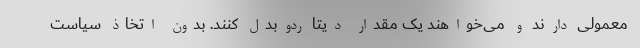
معمولی دارند و می‌خواهند یک مقدار دیتا ردوبدل کنند. بدون اتخاذ سیاست